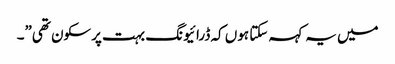
میں یہ کہہ سکتا ہوں کہ ڈرائیونگ بہت پرسکون تھی”۔